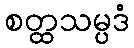
စတ္ထသမ္ပဒံ